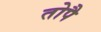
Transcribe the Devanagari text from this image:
तोपै